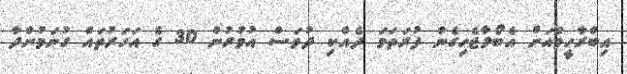
އިބްރާހީމްއަށް އެބޯލާޖެހިގެން ފުރަތަމަ ދެއްކި ދުވަސް އުމުރުން 30 ގެ އަހަރުތައް ގުނަމުންދާ